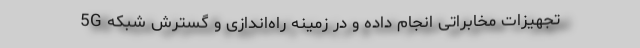
تجهیزات مخابراتی انجام داده و در زمینه راه‌اندازی و گسترش شبکه 5G